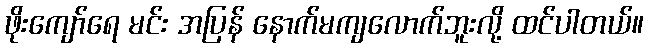
ဖိုးကျော်ရေ မင်း အပြန် နောက်မကျလောက်ဘူးလို့ ထင်ပါတယ်။